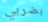
بضربي